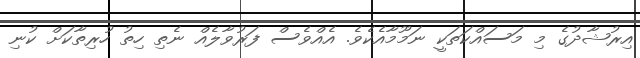
އިރުޝާދުގެ މި މަސައްކަތަކީ ނަމޫމާއެކެވެ. އެއްވެސް ފަރުވާލެއް ނެތި ހިތު ހުރިތާކަށް ކުނި